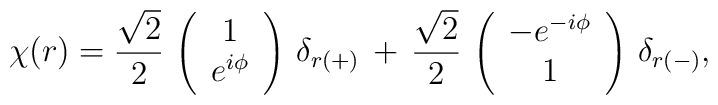
\chi(r)= \frac{\sqrt{2}}{2}\,\left(\begin{array}{c}1 \\e^{i\phi}\\\end{array}\right)\,\delta_{r(+)}\,+\, \frac{\sqrt{2}}{2}\,\left(\begin{array}{c}-e^{-i\phi}\\1\\\end{array}\right)\,\delta_{r(-)},